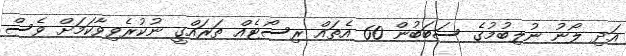
އަދި ލޯނު ނުލިބުމުގެ ސަބަބުން 60 އެތައް ރިސޯޓެއް ތަރައްގީ ނުކުރެވިވާކަމަށް ވެސް